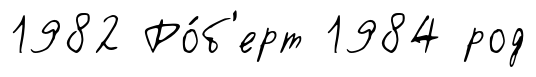
1982 Ро́б'ерт 1984 род